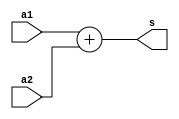
module add_128(a1, a2, s);
input [7:0] a1, a2;
output wire [8:0] s;

assign s = a1 + a2;

endmodule